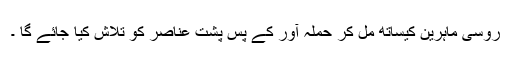
روسی ماہرین کیساتھ مل کر حملہ آور کے پس پشت عناصر کو تلاش کیا جائے گا ۔